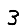
Digit: 3